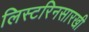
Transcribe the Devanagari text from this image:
लिस्टरिनसारखी